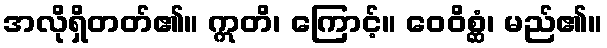
အလိုရှိတတ်၏။ ဣတိ၊ ကြောင့်။ ဝေဝိစ္ဆံ၊ မည်၏။